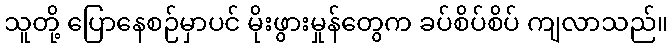
သူတို့ ပြောနေစဉ်မှာပင် မိုးဖွားမှုန်တွေက ခပ်စိပ်စိပ် ကျလာသည်။